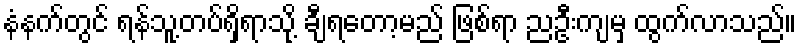
နံနက်တွင် ရန်သူ့တပ်ရှိရာသို့ ချီရတော့မည် ဖြစ်ရာ ညဦးကျမှ ထွက်လာသည်။